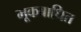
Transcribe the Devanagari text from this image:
मूकबाधित